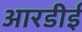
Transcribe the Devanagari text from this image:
आरडीई